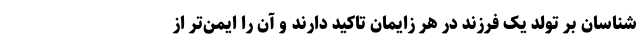
شناسان بر تولد یک فرزند در هر زایمان تاکید دارند و آن را ایمن‌تر از